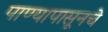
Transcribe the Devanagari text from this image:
पाण्यापासूनचे